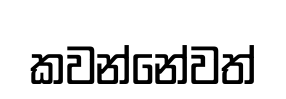
කවන්නේවත්